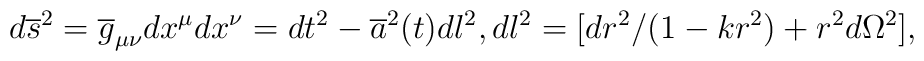
d\overline{s}^{2}=\overline{g}_{\mu\nu}dx^{\mu}dx^{\nu}=dt^{2}-\overline{a}^{2}(t)dl^{2},dl^{2}=[dr^{2}/(1-kr^{2})+r^{2}d\Omega^{2}],